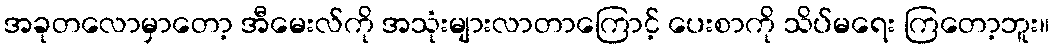
အခုတလောမှာတော့ အီမေးလ်ကို အသုံးများလာတာကြောင့် ပေးစာကို သိပ်မရေး ကြတော့ဘူး။